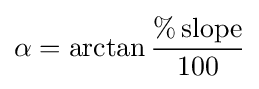
\alpha =\arctan {\frac {\%\,{\text{slope}}}{100}}